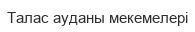
Талас ауданы мекемелері